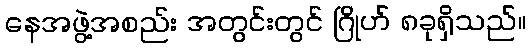
နေအဖွဲ့အစည်း အတွင်းတွင် ဂြိုဟ် ၈ခုရှိသည်။